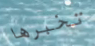
تخبرها